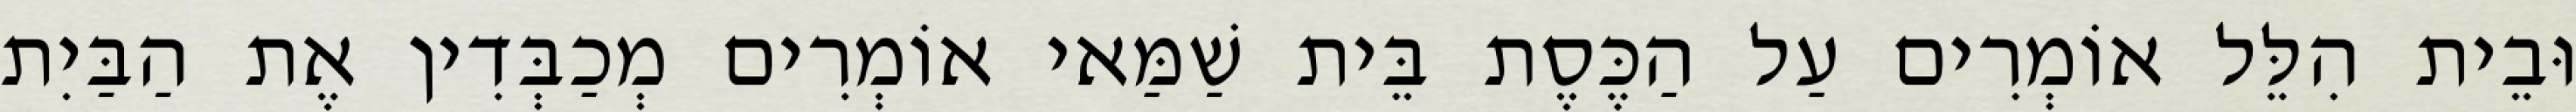
וּבֵית הִלֵּל אוֹמְרִים עַל הַכֶּסֶת בֵּית שַׁמַּאי אוֹמְרִים מְכַבְּדִין אֶת הַבַּיִת